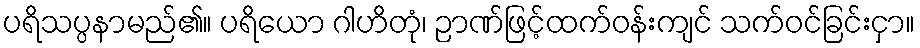
ပရိသပ္ပနာမည်၏။ ပရိယော ဂါဟိတုံ၊ ဉာဏ်ဖြင့်ထက်ဝန်းကျင် သက်ဝင်ခြင်းငှာ။